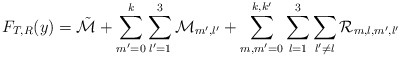
\begin{align*}F_{T,R}(y) = \mathcal{\tilde{M}} + \sum_{m'=0}^k \sum_{l'=1}^3 \mathcal{M}_{m',l'} + \sum_{m, m'=0}^{k, k'} \sum_{l=1}^3 \sum_{l' \neq l} \mathcal{R}_{m,l,m',l'}\end{align*}